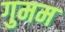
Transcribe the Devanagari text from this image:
गुमम